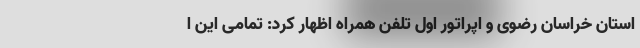
استان خراسان رضوی و اپراتور اول تلفن همراه اظهار کرد: تمامی این ا